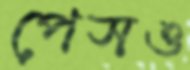
পেসও